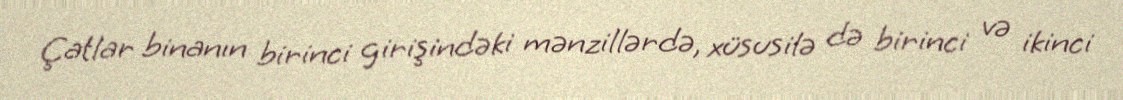
Çatlar binanın birinci girişindəki mənzillərdə, xüsusilə də birinci və ikinci